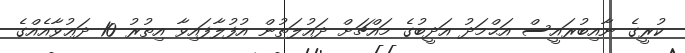
ކުރީގެ ނާއިބުރައީސް އަޙްމަދު އަދީބުގެ މައްޗަށް ދައުލަތުން އުފުލާފައިވާ އިތުރު 10 ދަޢުވާއެއްގެ